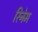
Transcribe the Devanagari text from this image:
रिनेम